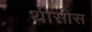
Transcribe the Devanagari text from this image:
थीसीस